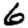
Digit: 6